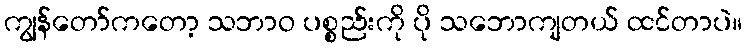
ကျွန်တော်ကတော့ သဘာဝ ပစ္စည်းကို ပို သဘောကျတယ် ထင်တာပဲ။